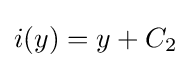
i(y)=y+C_{2}